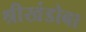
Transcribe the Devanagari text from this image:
श्रीखंडोबा